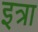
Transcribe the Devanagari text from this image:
इत्रा